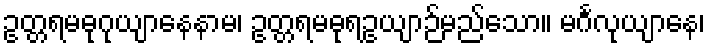
ဥတ္တရမဓုဂုယျာနေနာမ၊ ဥတ္တရမဓုရဥယျာဉ်မည်သော။ မင်္ဂလုယျာနေ၊